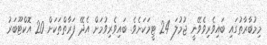
މިމުބާރާތުގައި ބައިވެރިވެވޭނީ ޖުމުލަ 24 ޓީމަކަށެވެ. ބައިވެރިވުމަށް އެދޭ ފަރާތްތަކަށް 20 އޮކްޓޫބަރު